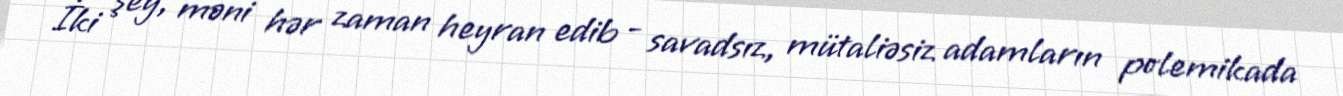
İki şey, məni hər zaman heyran edib - savadsız, mütaliəsiz adamların polemikada